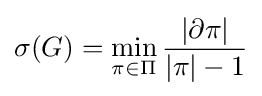
\displaystyle \sigma (G)=\min _{\pi \in \Pi }{\frac {|\partial \pi |}{|\pi |-1}}